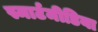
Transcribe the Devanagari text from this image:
स्मार्टमीडिया